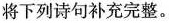
将下列诗句补充完整。